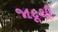
જાદૂથી